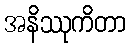
အနိဿုကိတာ